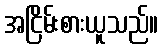
အငြိမ်းစားယူသည်။